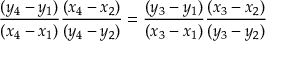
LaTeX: { \frac { ( y _ { 4 } - y _ { 1 } ) } { ( x _ { 4 } - x _ { 1 } ) } } { \frac { ( x _ { 4 } - x _ { 2 } ) } { ( y _ { 4 } - y _ { 2 } ) } } = { \frac { ( y _ { 3 } - y _ { 1 } ) } { ( x _ { 3 } - x _ { 1 } ) } } { \frac { ( x _ { 3 } - x _ { 2 } ) } { ( y _ { 3 } - y _ { 2 } ) } }